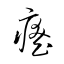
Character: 瘞